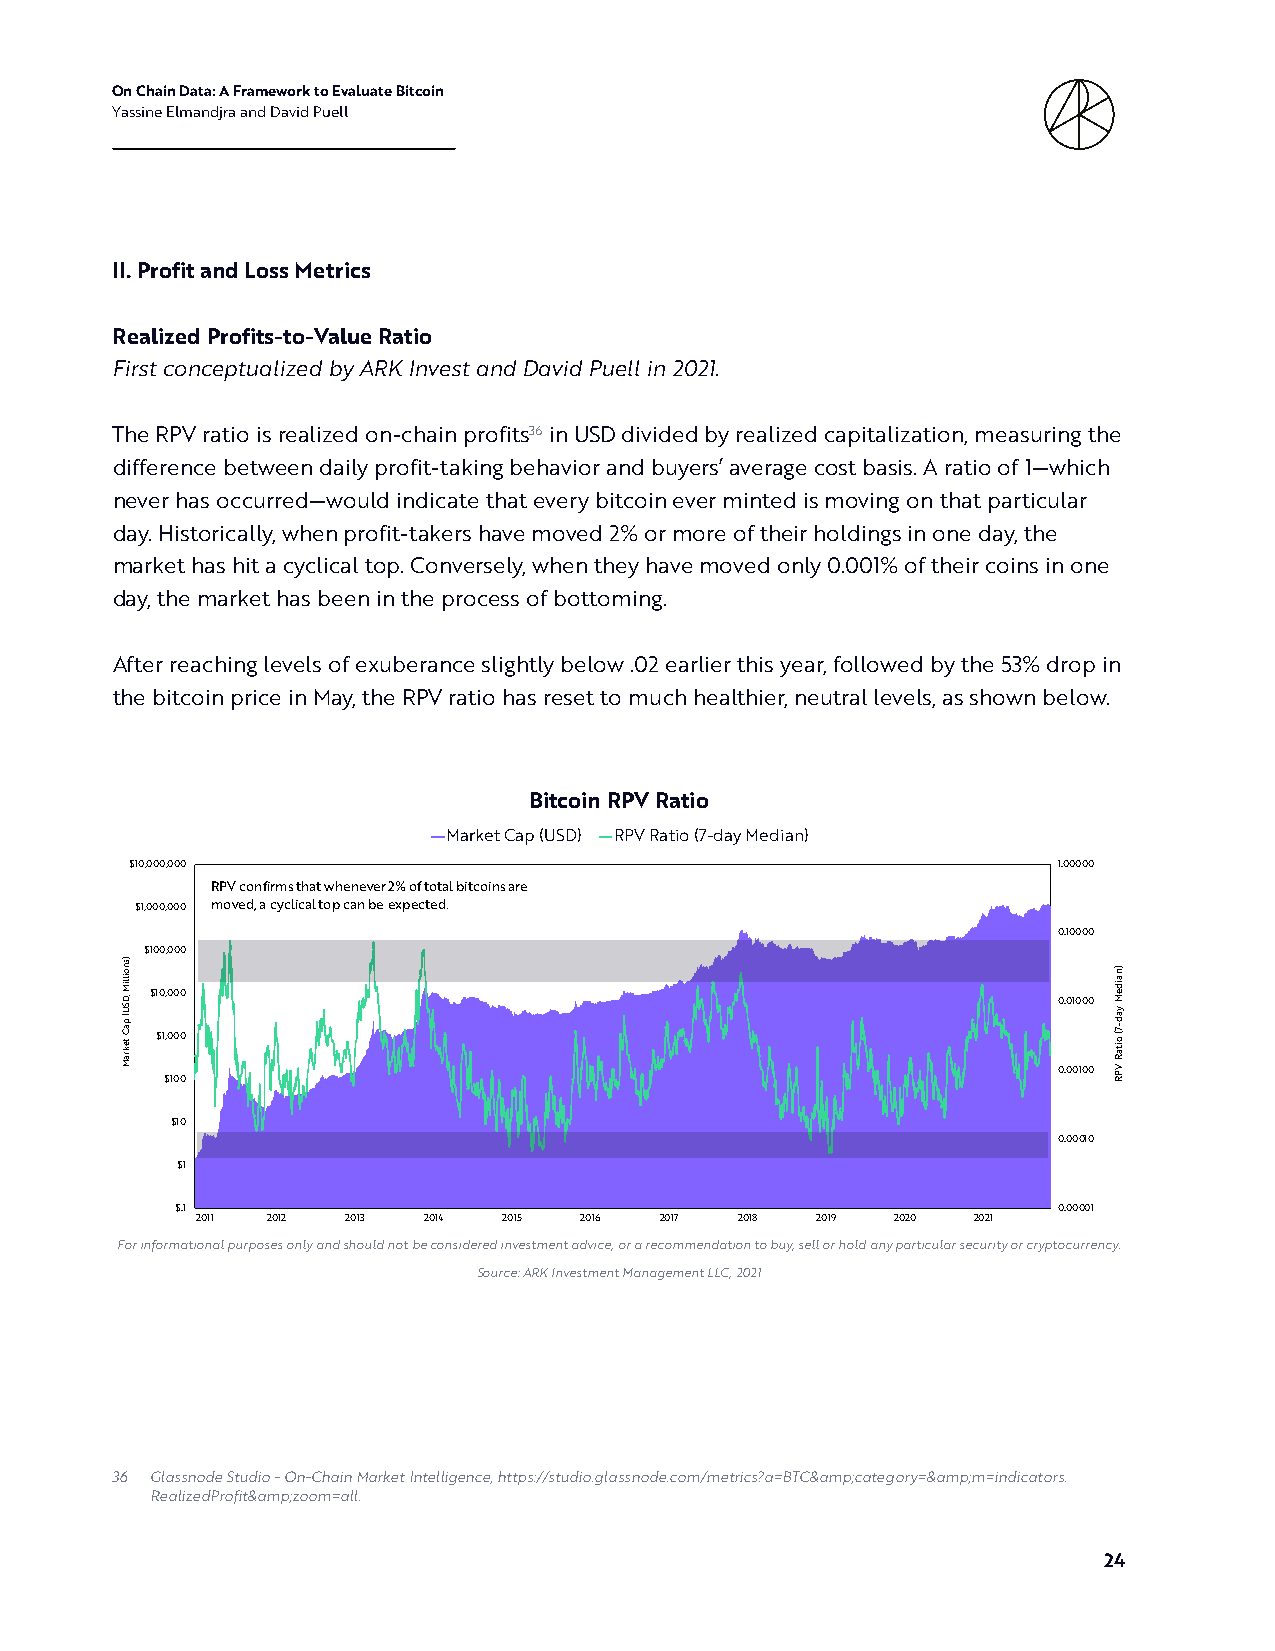
On Chain Data: A Framework to Evaluate Bitcoin
 Yassine Elmandjra and David Puell
 II. Profit and Loss Metrics
 Realized Profits-to-Value Ratio
 First conceptualized by ARK Invest and David Puell in 2021.
 The RPV ratio is realized on-chain profits36 in USD divided by realized capitalization, measuring the
 difference between daily profit-taking behavior and buyers’ average cost basis. A ratio of 1—which
 never has occurred—would indicate that every bitcoin ever minted is moving on that particular
 day. Historically, when profit-takers have moved 2% or more of their holdings in one day, the
 market has hit a cyclical top. Conversely, when they have moved only 0.001% of their coins in one
 day, the market has been in the process of bottoming.
 After reaching levels of exuberance slightly below .02 earlier this year, followed by the 53% drop in
 the bitcoin price in May, the RPV ratio has reset to much healthier, neutral levels, as shown below.
 Bitcoin RPV Ratio
 Market Cap (USD) RPV Ratio (7-day Median)
 $10,000,000                                                  1.00000
 RPV confirms that whenever 2% of total bitcoins are
 $1,000,000 moved, a cyclical top can be expected.
 0.10000
 $100,000
 $10,000                                                     0.01000
 $1,000
 0.00100
 $100
 $10
 0.00010
 $1
 $.1                                                       0.00001
 2011 2012 2013 2014 2015 2016  2017 2018 2019 2020 2021
 For informational purposes only and should not be considered investment advice, or a recommendation to buy, sell or hold any particular security or cryptocurrency.
 Source: ARK Investment Management LLC, 2021
 36 Glassnode Studio - On-Chain Market Intelligence, https://studio.glassnode.com/metrics?a=BTC&amp;category=&amp;m=indicators.
 RealizedProfit&amp;zoom=all.
 24
 )snoilliM
 ,DSU(
 paC
 tekraM
 )naideM
 yad-7(
 oitaR
 VPR